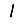
Digit: 1